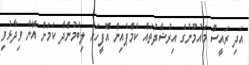
އަދި ރައީސް މައުމޫނުގެ އިރުޝާދުތައް ކެމްޕެއިން އޮފީހަށް ލިބެމުންދާ ކަމަށް އޭނާ ވިދާޅުވި